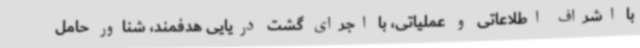
با اشراف اطلاعاتی و عملیاتی، با اجرای گشت دریایی هدفمند، شناور حامل